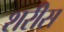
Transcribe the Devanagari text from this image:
शरीस